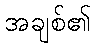
အချစ်၏